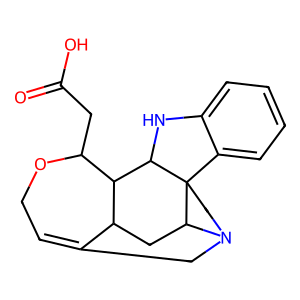
SMILES: O=C(O)CC1OCC=C2CN3CCC45c6ccccc6NC4C1C2CC35
Inhibits HIV replication: No